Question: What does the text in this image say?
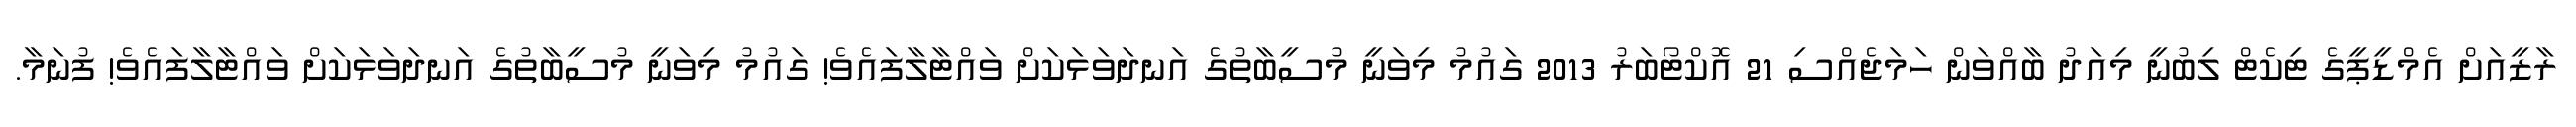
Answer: ރާޒީއަށް އެމްޑީޕީގެ ޓިކެޓް ލިބުނީ މިއަދު ބާއްވަން ހަމަޖެއްސި 21 އޮކްޓޯބަރު 2013 ގައުމު މިވަނީ މުސީބާތުގެ އަނދަވަޅަކަށް ވައްޓާލާފައެވެ! ގައުމު މިވަނީ މުސީބާތުގެ އަނދަވަޅަކަށް ވައްޓާލާފައެވެ! ފުނަމާ.